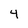
Character: 4